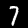
Label: 7